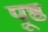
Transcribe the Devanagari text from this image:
पूष्ठ